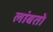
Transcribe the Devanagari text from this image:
लांबतो